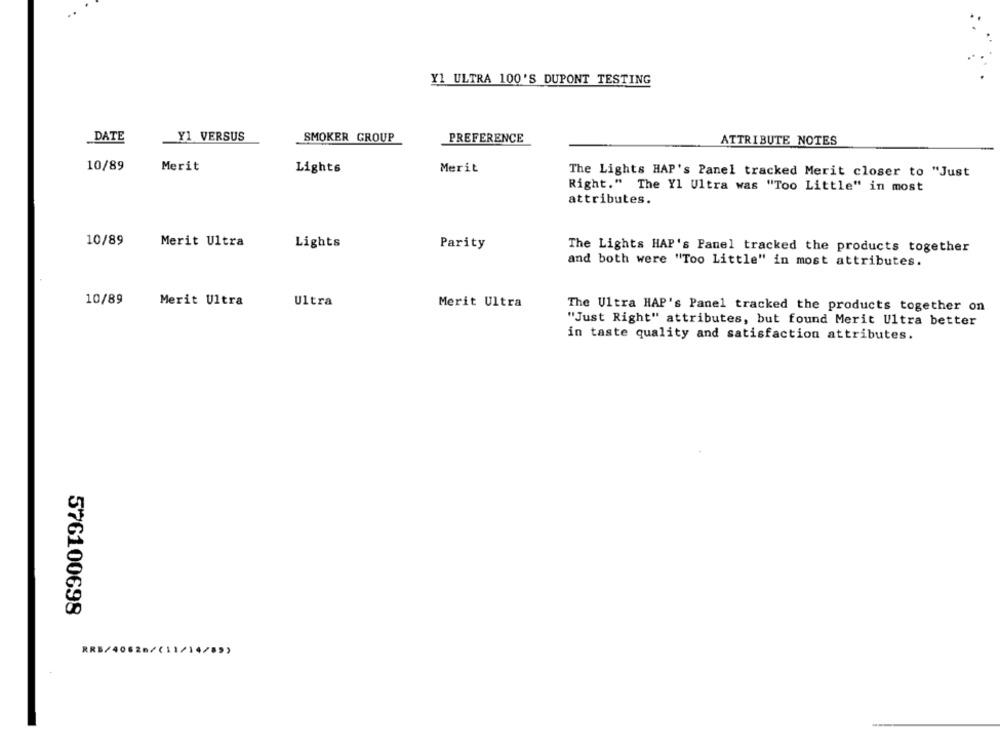
Y1 ULTRA 100'S DUPONT TESTING
DATE
Y1 VERSUS
SMOKER GROUP
PREFERENCE
ATTRIBUTE NOTES
10/89
Merit
Lights
Merit
The Lights HAP's Panel tracked Merit closer to "Just
Right." The Yl Ultra was "Too Little" in most
attributes.
10/89
Merit Ultra
Lights
Parity
The Lights HAP's Panel tracked the products together
and both were "Too Little" in most attributes.
10/89
Merit Ultra
Ultra
Merit Ultra
The Ultra HAP's Panel tracked the products together on
"Just Right" attributes, but found Merit Ultra better
in taste quality and satisfaction attributes.
576100698
RRB/40628/(11/14/8>>